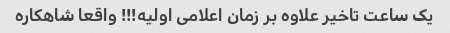
یک ساعت تاخیر علاوه بر زمان اعلامی اولیه!!! واقعا شاهکاره